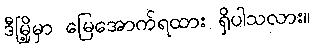
ဒီမြို့မှာ မြေအောက်ရထား ရှိပါသလား။